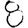
Digit: 8